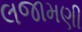
લજામણી